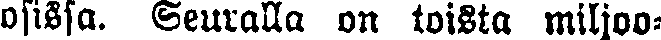
osissa. Seuralla on toista miljoo-